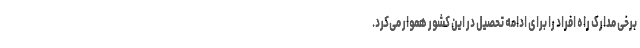
برخی مدارک راه افراد را برای ادامه تحصیل در این کشور هموار می‌کرد.